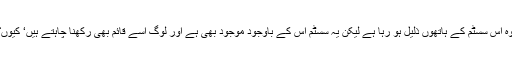
وہ اس سسٹم کے ہاتھوں ذلیل ہو رہا ہے لیکن یہ سسٹم اس کے باوجود موجود بھی ہے اور لوگ اسے قائم بھی رکھنا چاہتے ہیں‘ کیوں؟